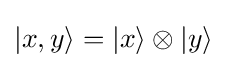
|x,y\rangle =|x\rangle \otimes |y\rangle